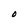
Character: O